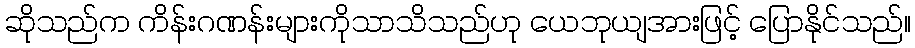
ဆိုသည်က ကိန်းဂဏန်းများကိုသာသိသည်ဟု ယေဘုယျအားဖြင့် ပြောနိုင်သည်။